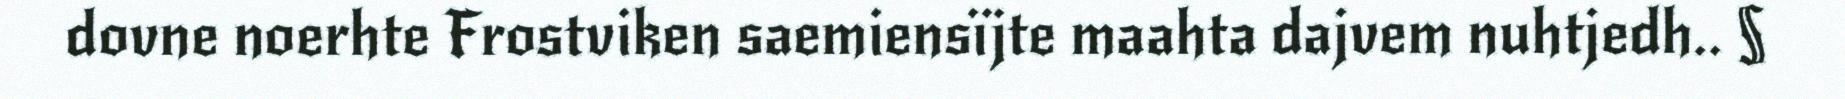
dovne noerhte Frostviken saemiensïjte maahta dajvem nuhtjedh.. §